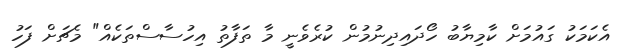
އެކަމަކު ގައުމަށް ކާމިޔާބު ހޯދައިދިނުމުން ކުރެވެނީ މާ ތަފާތު އިހުސާސްތަކެއް" މެޗަށް ފަހު